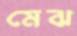
মেঝ